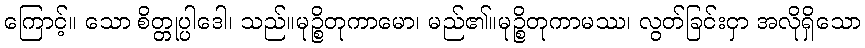
ကြောင့်။ သော စိတ္တုပ္ပါဒေါ၊ သည်။မုဉ္စိတုကာမော၊ မည်၏။မုဉ္စိတုကာမဿ၊ လွတ်ခြင်းငှာ အလိုရှိသော